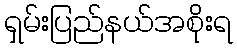
ရှမ်းပြည်နယ်အစိုးရ